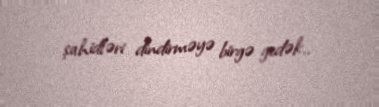
şahidləri dindirməyə birgə gedək..